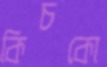
কিচকো